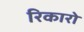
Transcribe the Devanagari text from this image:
रिकारो